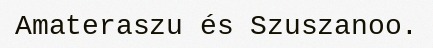
Amateraszu és Szuszanoo.